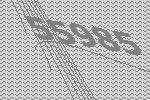
55985